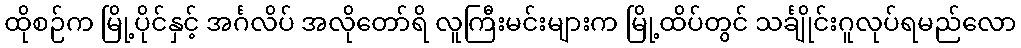
ထိုစဉ်က မြို့ပိုင်နှင့် အင်္ဂလိပ် အလိုတော်ရိ လူကြီးမင်းများက မြို့ထိပ်တွင် သင်္ချိုင်းဂူလုပ်ရမည်လော